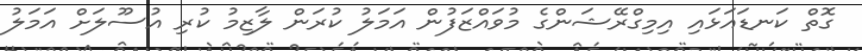
ގޮތް ކަނޑައަޅަައި އިމިގްރޭޝަންގެ މުވައްޒަފުން އަމަލު ކުރަން ލާޒިމު ކުރި އުސޫލަށް އަމަލު